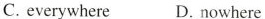
C. everywhere D. nowhere